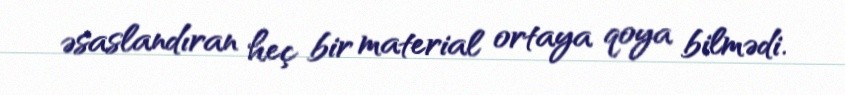
əsaslandıran heç bir material ortaya qoya bilmədi.